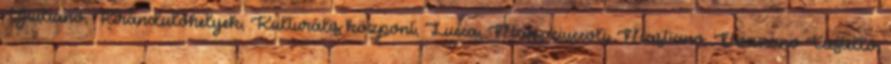
Giuliano, Kirándulóhelyek, Kulturális központ, Lucca, Massaciuccoli, Mastiano, Nozzano Castello,